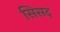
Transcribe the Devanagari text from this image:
सिसद